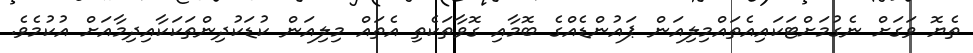
ތެޔޮ ވަގަށް ނެގުމަށްޓަކައިއެތައްމިލިއަން ޕައުންޑެއްގެ ބޮމާއި ގޮވާތަކެތި އެތައް މިލިއަން ކުޑަކުދިންތަކަކާއިދިމާއަށް އުކުމެވެ.